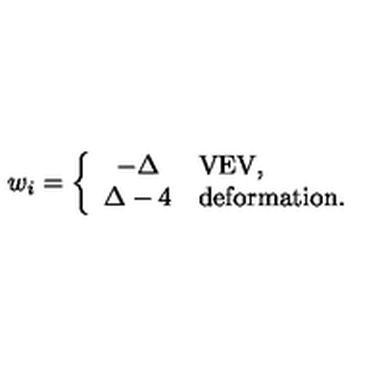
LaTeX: w _ { i } = \left\{ \begin{array} { c l } { - \Delta } & { \mathrm { V E V , } } \\ { \Delta - 4 } & { \mathrm { d e f o r m a t i o n . } } \\ \end{array} \right.